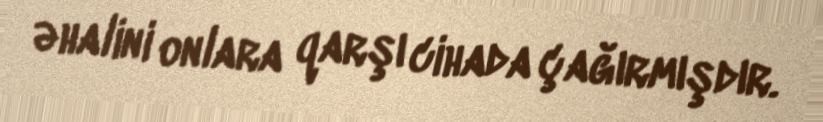
əhalini onlara qarşı cihada çağırmışdır.